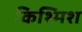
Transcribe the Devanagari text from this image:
किश्मिश